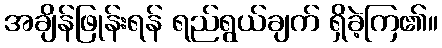
အချိန်ဖြုန်းရန် ရည်ရွယ်ချက် ရှိခဲ့ကြ၏။